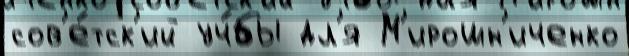
сов'е́тск'ий уч́бы дл'я М'ирошн'иченко